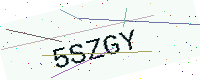
Text: 5SZGY